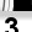
Digit: 3